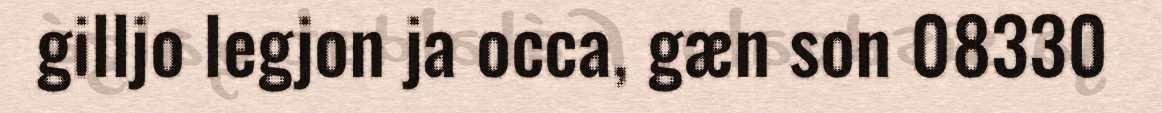
gilljo legjon ja occa, gæn son 08330